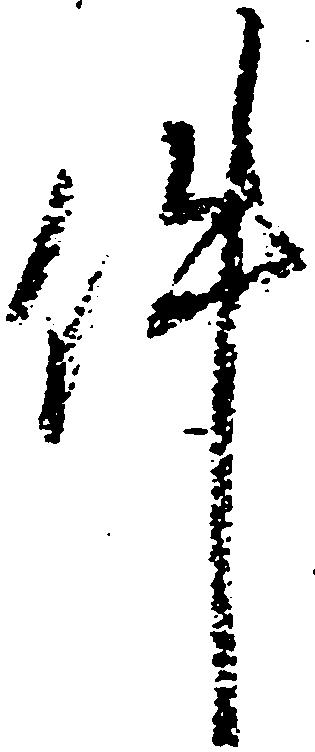
件